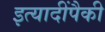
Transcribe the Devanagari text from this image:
इत्यादींपैकी